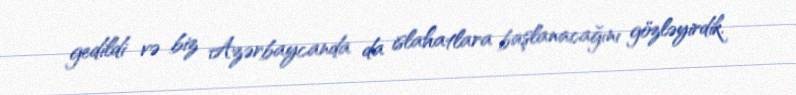
gedildi və biz Azərbaycanda da islahatlara başlanacağını gözləyirdik.